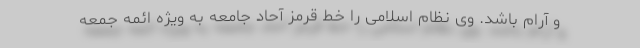
و آرام باشد. وی نظام اسلامی را خط قرمز آحاد جامعه به ویژه ائمه جمعه